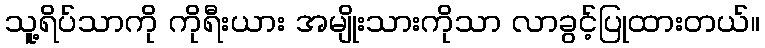
သူ့ရိပ်သာကို ကိုရီးယား အမျိုးသားကိုသာ လာခွင့်ပြုထားတယ်။